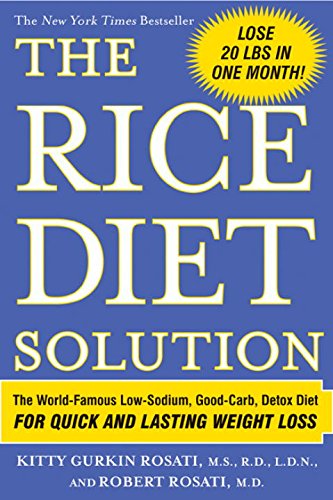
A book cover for The Rice Diet Solution; Kitty Gurkin Rosati; Cookbooks, Food & Wine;